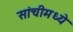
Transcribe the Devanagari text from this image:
सांचीमध्ये